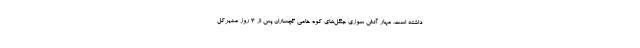
داشته است. مهار آتش سوزی جنگل‌های کوه خامی گچساران پس از 3 روز مدیرکل